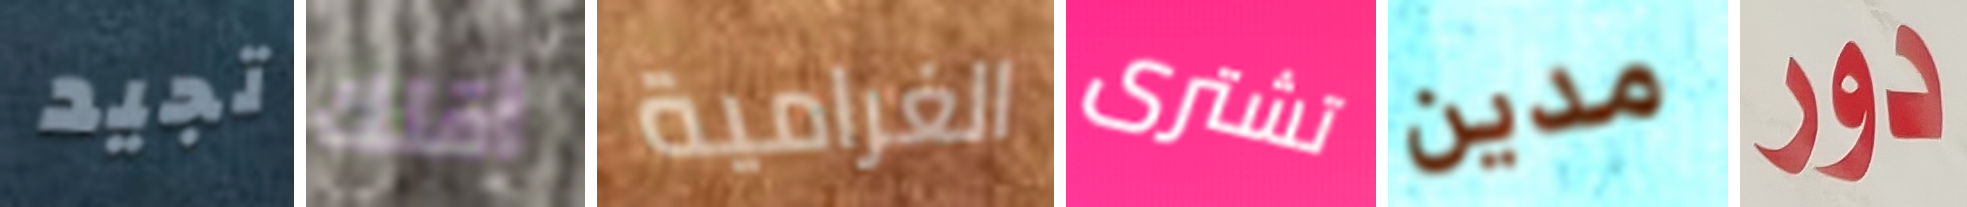
تجيد أقلك الغرامية تشترى مدين دور